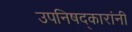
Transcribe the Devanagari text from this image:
उपनिषद्‌कारांनी